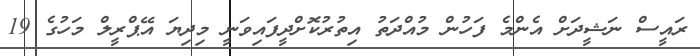
ރައީސް ނަޝީދަށް އެންމެ ފަހުން މުއްދަތު އިތުރުކޮށްދީފައިވަނީ މިދިޔަ އޭޕްރީލް މަހުގެ 19